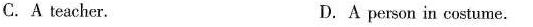
C. A teacher. D.A person in costume.